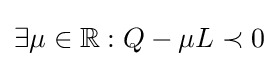
\exists \mu \in \mathbb {R} :Q-\mu L\prec 0